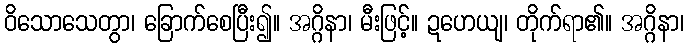
ဝိသောသေတွာ၊ ခြောက်စေပြီး၍။ အဂ္ဂိနာ၊ မီးဖြင့်။ ဍဟေယျ၊ တိုက်ရာ၏။ အဂ္ဂိနာ၊